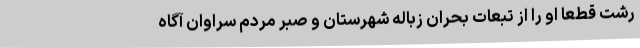
رشت قطعا او را از تبعات بحران زباله شهرستان و صبر مردم سراوان آگاه